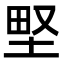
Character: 𡌛